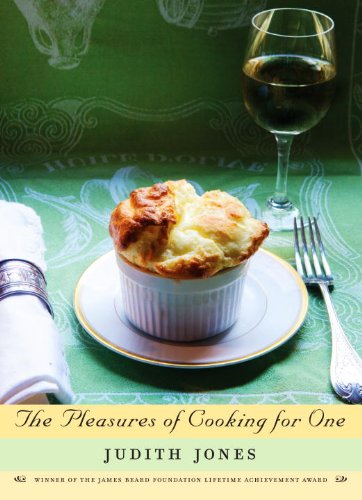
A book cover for The Pleasures of Cooking for One; Judith Jones; Cookbooks, Food & Wine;